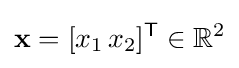
\mathbf {x} =[x_{1}\,x_{2}]^{\mathsf {T}}\in \mathbb {R} ^{2}